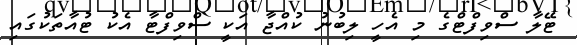
ޓޭލާ ސްވިފްޓްގެ މި އެހީ ލިބުނު ކުއްޖާ އަކީ ސްވިފްޓާ އެކު ޓުއާތަކުގައި